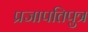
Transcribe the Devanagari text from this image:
प्रजापतिपुत्र